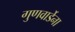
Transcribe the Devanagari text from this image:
गुणवार्डेना